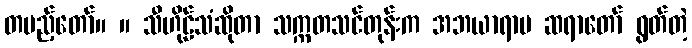
တပည့်တော်။ ။ သီဟိုဠ်သံဆိုတာ သက္ကတသင်တုန်းက အဘယာရာမ ဆရာတော် ရွတ်တဲ့